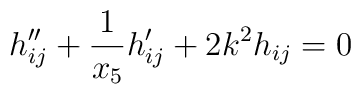
h_{ij}''+\frac{1}{x_5}h_{ij}'+2k^2h_{ij}=0